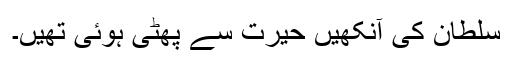
سلطان کی آنکھیں حیرت سے پھٹی ہوئی تھیں۔